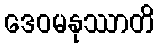
ဒေဝမနုဿာတိ